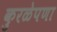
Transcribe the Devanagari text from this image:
कुरळेपणा